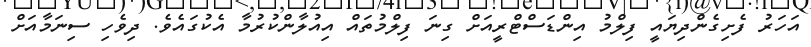
އަހަރު ފެށިގެންދިޔައީ ފިލްމު އިންޑަސްޓްރީއަށް ގިނަ ފިލްމުތައް އިއުލާންކުރުމާ އެކުގައެވެ. ދިވެހި ސިނަމާއަށް